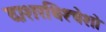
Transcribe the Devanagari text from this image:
दाशरथिश्‍चेशो